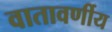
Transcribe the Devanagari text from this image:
वातावर्णीय